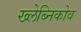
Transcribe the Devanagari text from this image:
ख्लेब्निकोव